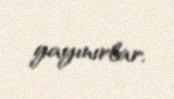
yayınırlar.